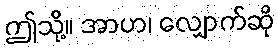
ဤသို့။ အာဟ၊ လျှောက်ဆို